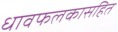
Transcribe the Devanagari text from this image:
धावफलकासहित